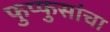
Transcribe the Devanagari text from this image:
फुप्फुसांचा